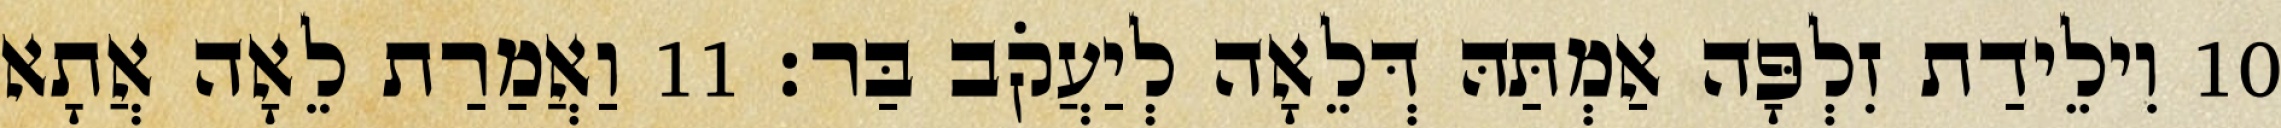
10 וִילֵידַת זִלְפָּה אַמְתַּהּ דְּלֵאָה לְיַעֲקֹב בַּר׃ 11 וַאֲמַרַת לֵאָה אֲתָא